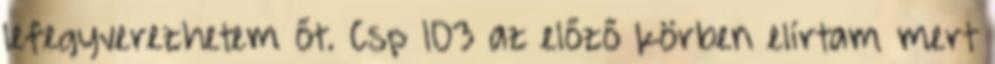
lefegyverezhetem őt. Csp 103 az előző körben elírtam mert